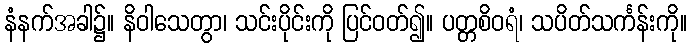
နံနက်အခါ၌။ နိဝါသေတွာ၊ သင်းပိုင်းကို ပြင်ဝတ်၍။ ပတ္တစိဝရံ၊ သပိတ်သင်္ကန်းကို။